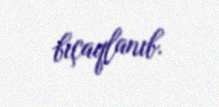
bıçaqlanıb.